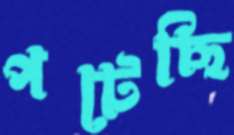
পটেছি